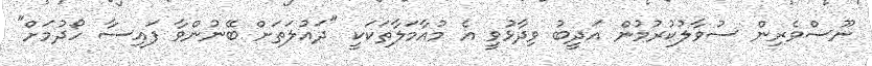
ނޫސްވެރިން ސުވާލުކުރުމުން އަދީބު ވިދާޅުވީ އެ މުއާމަލާތަކަކީ "ދައުލަތަށް ބޭނުންވާ ފައިސާ ހޯދުމަށް"